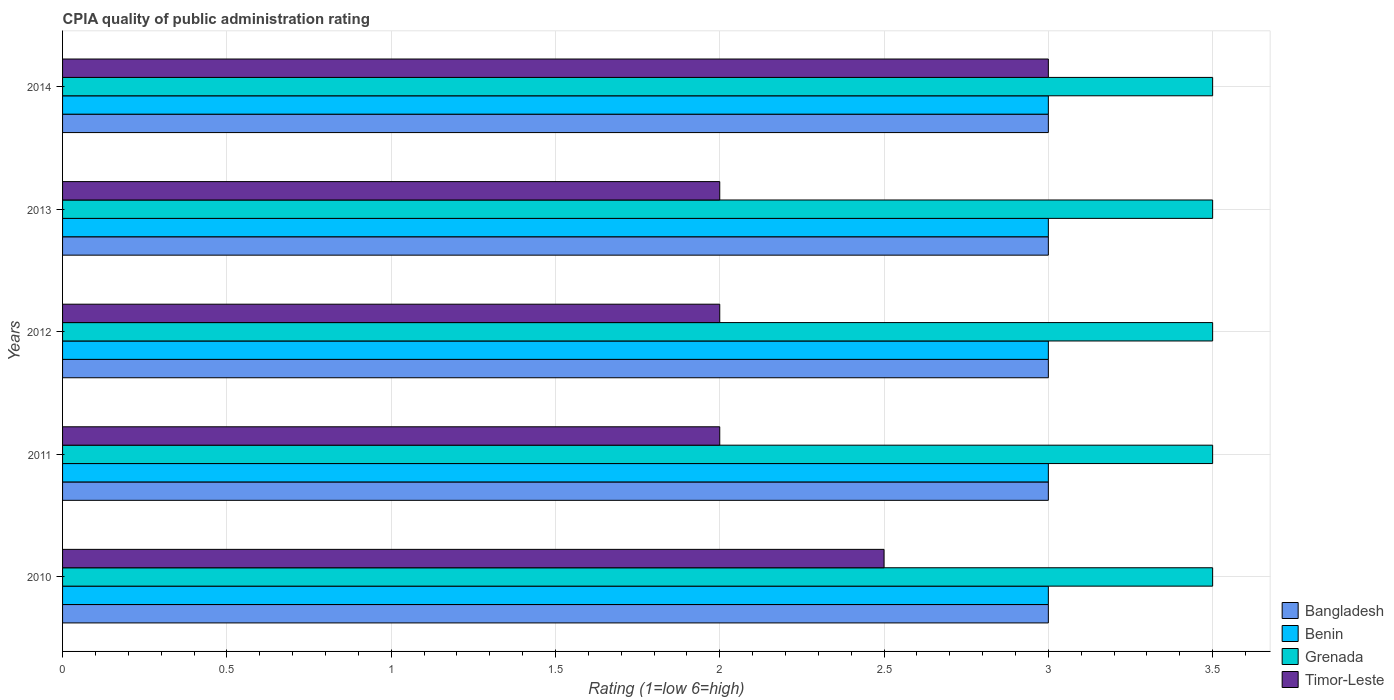
| Years | Bangladesh | Benin | Grenada | Timor-Leste |
 | --- | --- | --- | --- | --- |
 | 2010 | 3 | 3 | 3.5 | 2.5 |
 | 2011 | 3 | 3 | 3.5 | 2 |
 | 2012 | 3 | 3 | 3.5 | 2 |
 | 2013 | 3 | 3 | 3.5 | 2 |
 | 2014 | 3 | 3 | 3.5 | 3 |